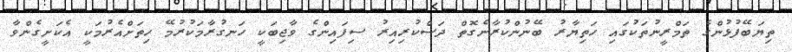
ތިޔަބޭފުޅުންގެ ތަމްރީނުތަކުގައި ހަތިޔާރު ބޭނުންކުރާނެގޮތް ދަސްކުރިއިރު ސިފައިންގެ ވާޖިބަކީ ހަނގުރާމަކުރުމޭ ހިތަށްއެރުމަކީ އެކަށީގެންވާ